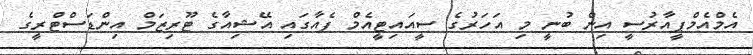
އެމްއެމްޕީއާރުސީ އިން ބުނީ މި އަހަރުގެ ސީއައިޓީއެމް ފެއާގައި އޭޝިއާގެ ޓޫރިޒަމް އިންޑަސްޓްރީގެ